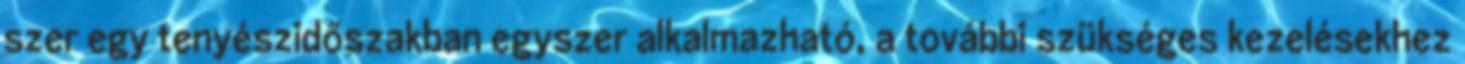
szer egy tenyészidőszakban egyszer alkalmazható, a további szükséges kezelésekhez